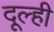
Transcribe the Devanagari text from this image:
दूल्ही